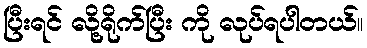
ပြီးရင် လို့ရိုက်ပြီး ကို လုပ်ရပါတယ်။